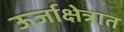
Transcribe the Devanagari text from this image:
ऊर्जाक्षेत्रात